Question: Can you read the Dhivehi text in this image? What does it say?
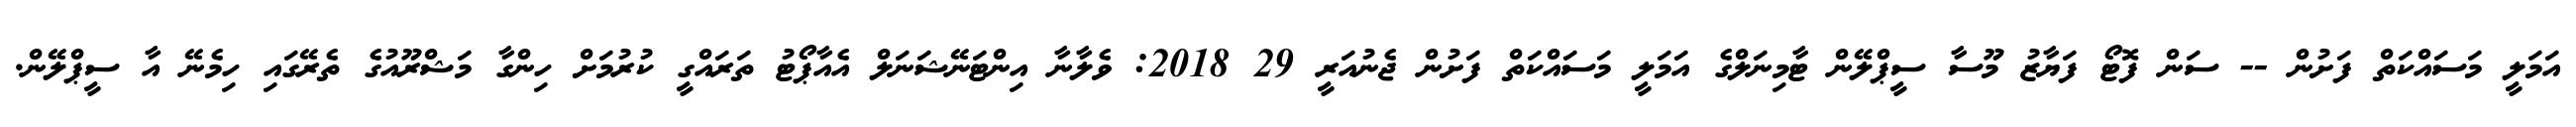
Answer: އަމަލީ މަސައްކަތް ފަށުން -- ސަން ފޮޓޯ ފަޔާޒު މޫސާ ސީޕްލޭން ޓާމިނަލްގެ އަމަލީ މަސައްކަތް ފަށުން ޖެނުއަރީ 29 2018: ވެލާނާ އިންޓަނޭޝަނަލް އެއާޕޯޓު ތަރައްގީ ކުރުމަށް ހިންގާ މަޝްރޫއުގެ ތެރޭގައި ހިމެނޭ އާ ސީޕްލޭން.